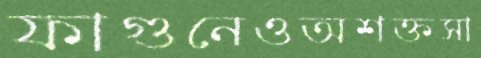
ফাগুনেওঅশক্তসা